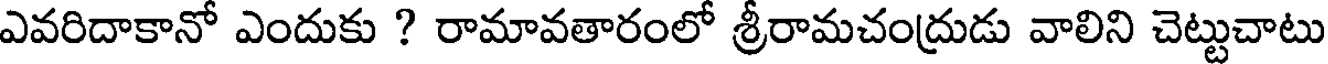
ఎవరిదాకానో ఎందుకు ? రామావతారంలో శ్రీరామచంద్రుడు వాలిని చెట్టుచాటు